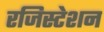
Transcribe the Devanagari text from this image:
रजिस्टेशन